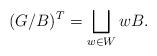
LaTeX: \begin{align*} (G/B)^T=\bigsqcup_{w\in W} wB.\end{align*}